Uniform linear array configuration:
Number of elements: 8
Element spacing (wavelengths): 0.75
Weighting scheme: hamming
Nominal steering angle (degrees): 45
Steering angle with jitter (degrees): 45.933
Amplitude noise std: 0.05
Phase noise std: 0.05

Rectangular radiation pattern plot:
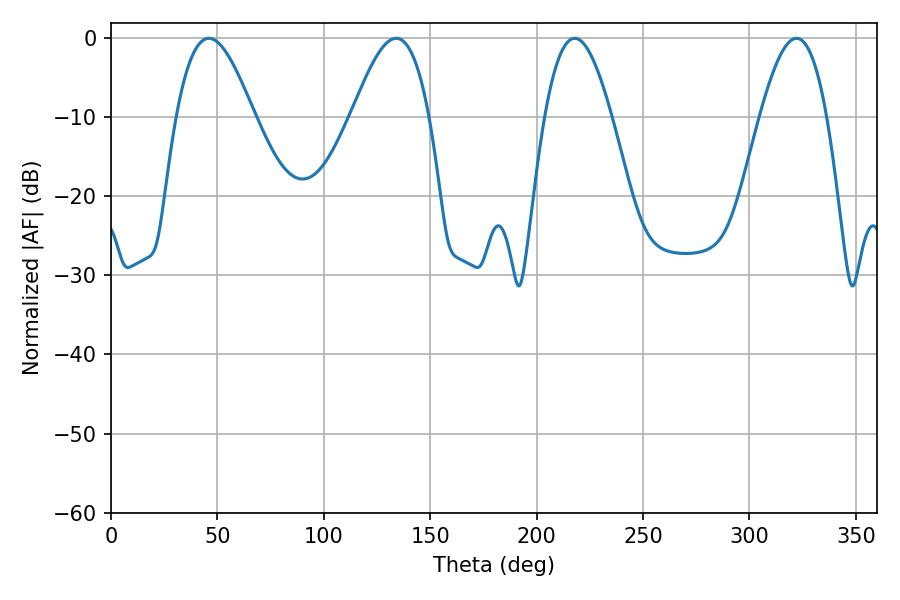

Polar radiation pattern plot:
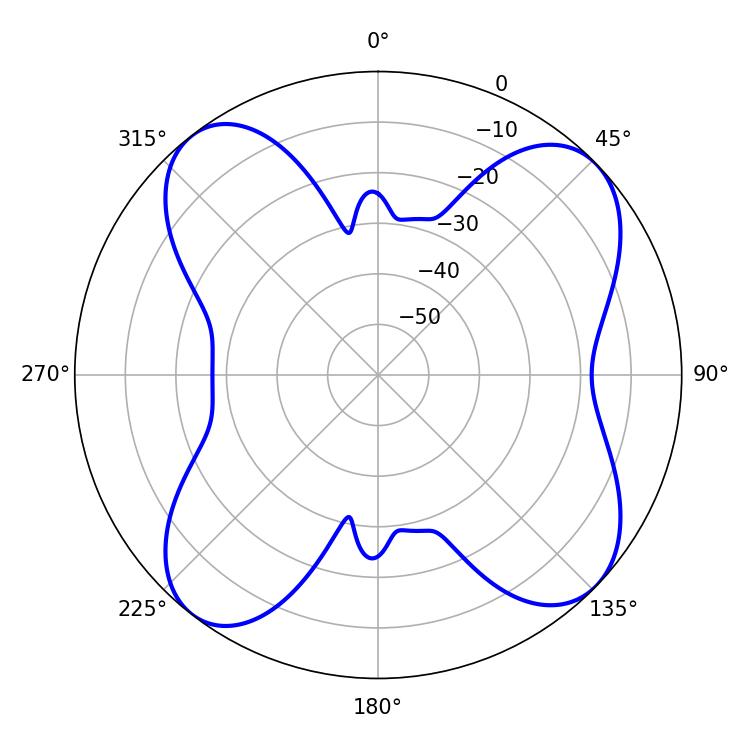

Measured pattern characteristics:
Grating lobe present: TRUE
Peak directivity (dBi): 11.025
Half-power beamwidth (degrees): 19.62
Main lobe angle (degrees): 45.9